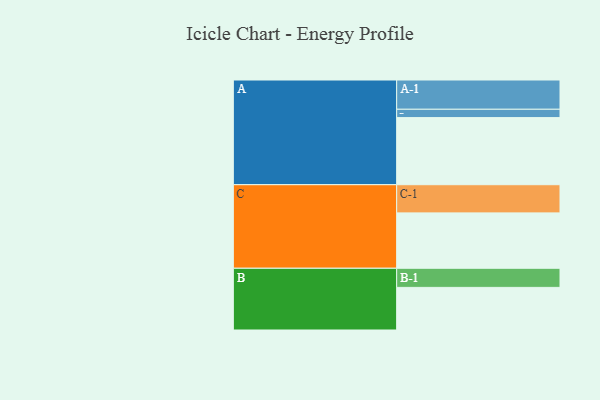
{"axis": {"x": "Segment", "y": "Value"}, "legend": ["", "A", "B", "C"], "data": [{"x": "A", "y": 562, "type": ""}, {"x": "B", "y": 357, "type": ""}, {"x": "C", "y": 464, "type": ""}, {"x": "A-1", "y": 245, "type": "A"}, {"x": "A-2", "y": 70, "type": "A"}, {"x": "B-1", "y": 160, "type": "B"}, {"x": "C-1", "y": 236, "type": "C"}]}